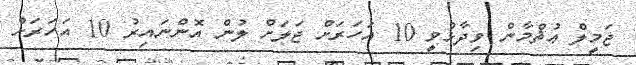
ޖަމީލް ޢުޘްމާން ވިދާޅުވީ 10 އަހަރަށް ޖަލަށް ލުން އޮންނައިރު 10 އަހަރަށް